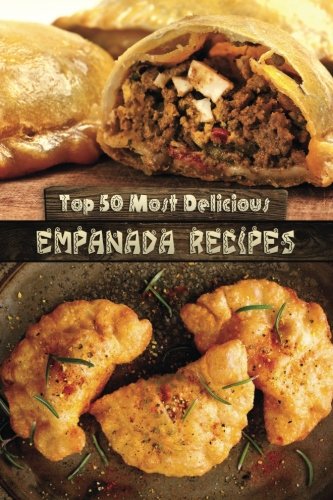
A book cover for Top 50 Most Delicious Empanada Recipes (Recipe Top 50's) (Volume 30); Julie Hatfield; Cookbooks, Food & Wine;